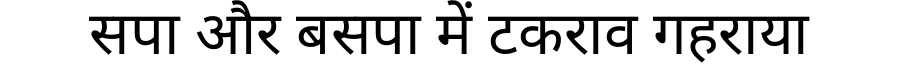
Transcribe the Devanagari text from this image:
सपा और बसपा में टकराव गहराया